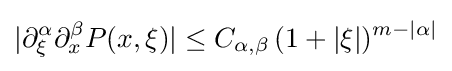
|\partial _{\xi }^{\alpha }\partial _{x}^{\beta }P(x,\xi )|\leq C_{\alpha ,\beta }\,(1+|\xi |)^{m-|\alpha |}